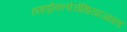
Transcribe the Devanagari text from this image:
हाइड्रोक्लोरोथियाजाइड